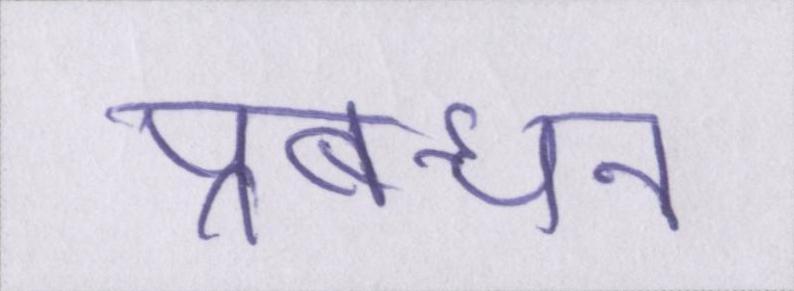
प्रबन्धन